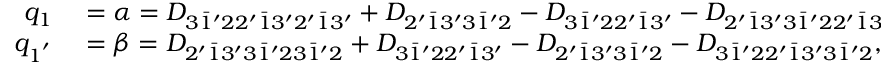
\begin{array} { r l } { q _ { 1 } } & { { } = \alpha = { D _ { 3 \bar { 1 } ^ { \prime } 2 2 ^ { \prime } \bar { 1 } 3 ^ { \prime } 2 ^ { \prime } \bar { 1 } 3 ^ { \prime } } } + { D _ { 2 ^ { \prime } \bar { 1 } 3 ^ { \prime } 3 \bar { 1 } ^ { \prime } 2 } } - { D _ { 3 \bar { 1 } ^ { \prime } 2 2 ^ { \prime } \bar { 1 } 3 ^ { \prime } } } - { D _ { 2 ^ { \prime } \bar { 1 } 3 ^ { \prime } 3 \bar { 1 } ^ { \prime } 2 2 ^ { \prime } \bar { 1 } 3 ^ { \prime } } } , } \\ { q _ { 1 ^ { ' } } } & { { } = \beta = { D _ { 2 ^ { \prime } \bar { 1 } 3 ^ { \prime } 3 \bar { 1 } ^ { \prime } 2 3 \bar { 1 } ^ { \prime } 2 } } + { D _ { 3 \bar { 1 } ^ { \prime } 2 2 ^ { \prime } \bar { 1 } 3 ^ { \prime } } } - { D _ { 2 ^ { \prime } \bar { 1 } 3 ^ { \prime } 3 \bar { 1 } ^ { \prime } 2 } } - { D _ { 3 \bar { 1 } ^ { \prime } 2 2 ^ { \prime } \bar { 1 } 3 ^ { \prime } 3 \bar { 1 } ^ { \prime } 2 } } , } \end{array}